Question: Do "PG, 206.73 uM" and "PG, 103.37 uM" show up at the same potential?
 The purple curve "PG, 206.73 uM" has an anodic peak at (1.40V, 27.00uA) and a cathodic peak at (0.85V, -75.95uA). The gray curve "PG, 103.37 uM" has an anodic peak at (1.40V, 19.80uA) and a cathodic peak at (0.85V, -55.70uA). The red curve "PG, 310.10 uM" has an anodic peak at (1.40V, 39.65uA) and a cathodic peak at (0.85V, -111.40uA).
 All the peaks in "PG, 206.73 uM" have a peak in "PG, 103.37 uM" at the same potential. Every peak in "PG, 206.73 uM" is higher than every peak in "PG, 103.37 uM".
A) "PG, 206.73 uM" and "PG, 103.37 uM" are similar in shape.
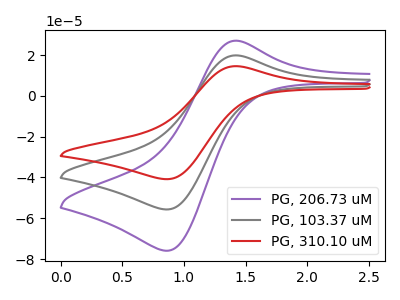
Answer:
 <answer>A) "PG, 206.73 uM" and "PG, 103.37 uM" are similar in shape.</answer>
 <eval>A</eval>